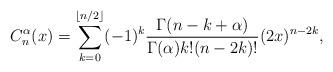
LaTeX: \begin{align*} C_n^{\alpha}(x)=\sum_{k=0}^{\lfloor n/2\rfloor} (-1)^k\frac{\Gamma(n-k+\alpha)}{\Gamma(\alpha)k!(n-2k)!}(2x)^{n-2k},\end{align*}